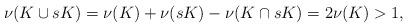
LaTeX: \begin{align*}\nu(K \cup sK) = \nu(K) + \nu(sK) - \nu(K \cap sK) = 2\nu(K) > 1,\end{align*}